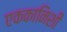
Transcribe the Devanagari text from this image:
एककानिशी